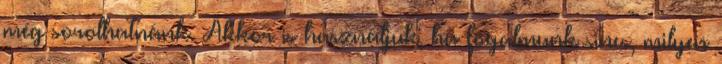
még sorolhatnánk. Akkor is használjuk, ha fogalmunk sincs, milyen